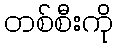
တစ်စီးကို